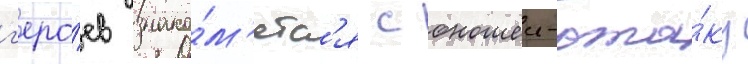
г'еро́ев знако́м'ятс'я с юношеи-ота́ку